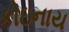
કોઇનાય